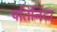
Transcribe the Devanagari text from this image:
पतिनिंदा